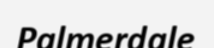
Palmerdale